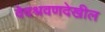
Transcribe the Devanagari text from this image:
वेदश्रवणदेखील